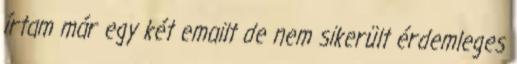
írtam már egy két emailt de nem sikerült érdemleges